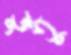
ভুতু